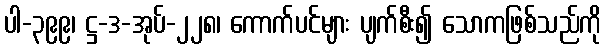
ပါ-၃၉၉၊ ဋ္ဌ-ဒ-အုပ်-၂၂၈၊ ကောက်ပင်များ ပျက်စီး၍ သောကဖြစ်သည်ကို